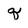
Character: q